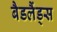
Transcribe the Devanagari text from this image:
बैडलैंड्स